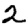
Digit: 2